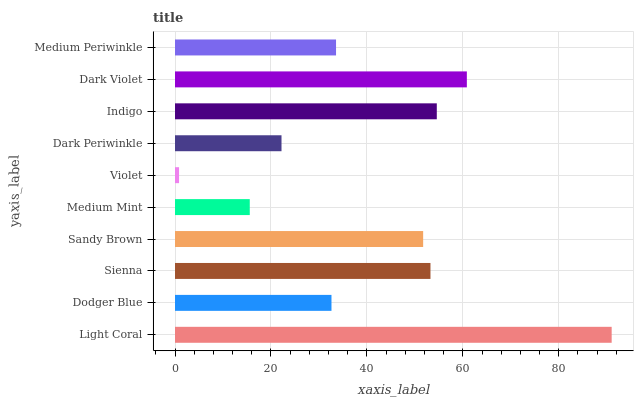
| yaxis_label | bars |
 | --- | --- |
 | Light Coral | 91 |
 | Dodger Blue | 32.6 |
 | Sienna | 53.3 |
 | Sandy Brown | 51.7 |
 | Medium Mint | 15.6 |
 | Violet | 0.844 |
 | Dark Periwinkle | 22.2 |
 | Indigo | 54.6 |
 | Dark Violet | 60.8 |
 | Medium Periwinkle | 33.6 |